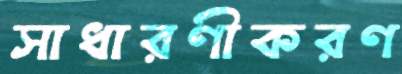
সাধারণীকরণ